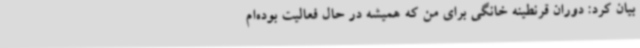
بیان کرد: دوران قرنطینه خانگی برای من که همیشه در حال فعالیت بوده‌ام